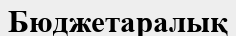
Бюджетаралық